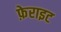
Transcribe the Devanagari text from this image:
फ़ेराइट